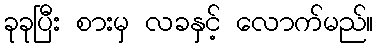
ခုခုပြီး စားမှ လခနှင့် လောက်မည်။